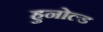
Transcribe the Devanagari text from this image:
हुनोल्ड